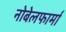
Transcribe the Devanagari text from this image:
नोबेलफार्मा